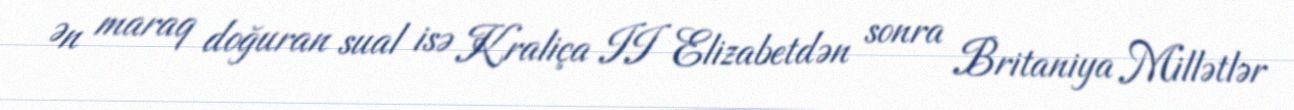
Ən maraq doğuran sual isə Kraliça II Elizabetdən sonra Britaniya Millətlər